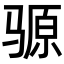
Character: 𫘪